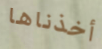
أخذناها